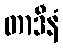
တာဒီနံ